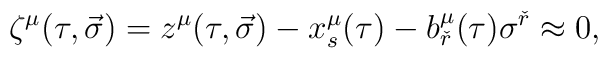
\zeta^{\mu}(\tau ,\vec \sigma )=z^{\mu}(\tau ,\vec \sigma )-x_s^{\mu}(\tau )-b^{\mu}_{\check r}(\tau )\sigma^{\check r}\approx 0,